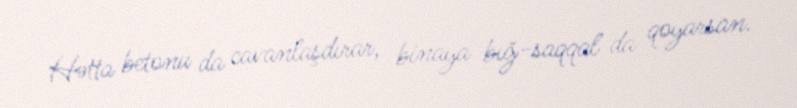
Hətta betonu da cavanlaşdırar, binaya bığ-saqqal da qoyarsan.